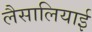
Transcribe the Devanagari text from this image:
लैसालियाई